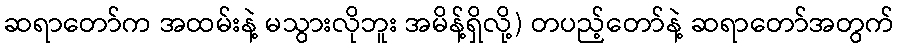
ဆရာတော်က အထမ်းနဲ့ မသွားလိုဘူး အမိန့်ရှိလို့) တပည့်တော်နဲ့ ဆရာတော်အတွက်